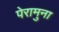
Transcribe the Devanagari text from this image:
पेरामुना